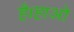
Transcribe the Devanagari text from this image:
है।हाओ